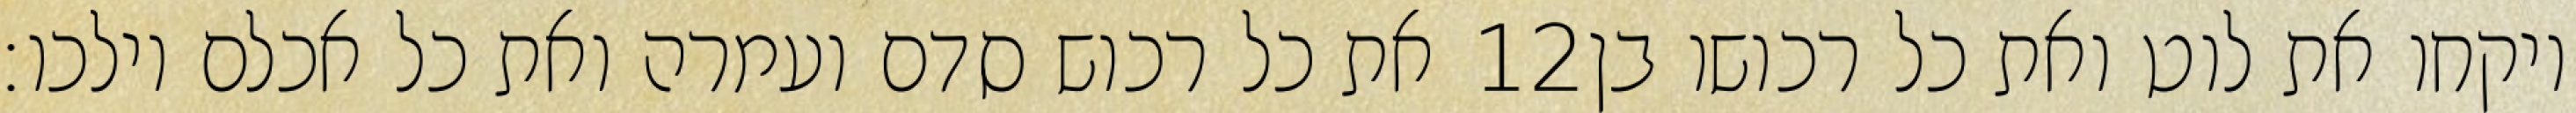
את כל רכוש סדם ועמרה ואת כל אכלם וילכו׃ ‎12‏ ויקחו את לוט ואת כל רכושו בן